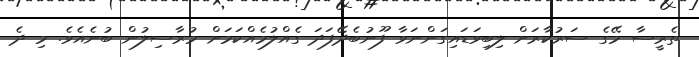
ތެރީސާ މޭގެ ސަރުކާރަށް ލިބިވަޑައިގަންނަވާ ފޫނުބެދޭފަދަ ގެއްލުމެއްކަމަށް މުރާސިލުން ބުނެއެވެ. މި ދެ